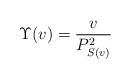
LaTeX: \begin{align*}\Upsilon(v)=\frac{v}{P^2_{S(v)}} \end{align*}